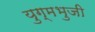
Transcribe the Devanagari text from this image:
युग्मभुजी